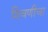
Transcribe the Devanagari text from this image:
शिवणीचा